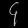
Digit: ၄